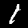
Digit: 1